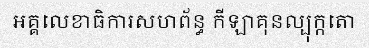
អគ្គលេខាធិការសហព័ន្ធ កីឡាគុនល្បុក្កតោ